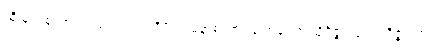
ထိုမြတ်စွာဘုရားသည်။ ဣတိပိ ဣမိနာစကာရဏေန၊ ဤသို့ဝိဇ္ဇာသုံးပါးဝိဇ္ဇာရှစ်ပါး